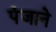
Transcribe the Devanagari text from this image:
पंजाने